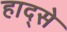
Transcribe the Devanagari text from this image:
हाद्से